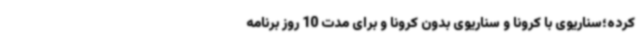
کرده؛سناریوی با کرونا و سناریوی بدون کرونا و برای مدت 10 روز برنامه